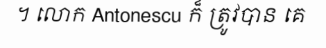
។ លោក Antonescu ក៏ ត្រូវបាន គេ